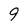
Character: 9